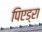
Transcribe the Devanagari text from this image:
पिएड्रा